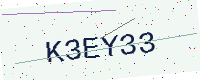
Text: K3EY33